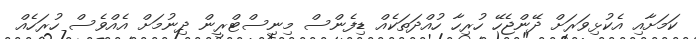
ކަމަށާއި އެކުޅިވަރަށް ދޭންޖެހޭ ހުރިހާ ހުއްދަތަކެއް ޑިފެންސް މިނިސްޓްރީން ދިނުމަށް އެއްވެސް ހުރަހެއް